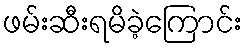
ဖမ်းဆီးရမိခဲ့ကြောင်း